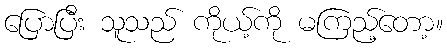
ပြောပြီး သူသည် ကိုယ့်ကို မကြည့်တော့။